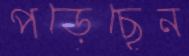
পড়েছেন